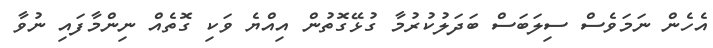
އެހެން ނަމަވެސް ސިލަބަސް ބަދަލުކުރުމާ ގުޅޭގޮތުން އިއްޔެ ވަކި ގޮތެއް ނިންމާފައި ނުވާ